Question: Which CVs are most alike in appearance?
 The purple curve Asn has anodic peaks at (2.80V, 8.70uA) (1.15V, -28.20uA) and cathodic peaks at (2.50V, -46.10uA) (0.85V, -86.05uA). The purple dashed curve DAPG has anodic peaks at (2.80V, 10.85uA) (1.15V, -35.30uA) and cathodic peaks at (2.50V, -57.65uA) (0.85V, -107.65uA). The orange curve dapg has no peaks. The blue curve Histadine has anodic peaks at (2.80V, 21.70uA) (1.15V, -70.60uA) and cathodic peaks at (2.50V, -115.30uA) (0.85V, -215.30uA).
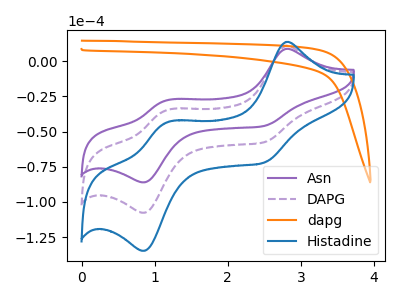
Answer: <think>All the peaks in "Asn" have a peak in "DAPG" at the same potential. "Asn" and "dapg" have a different number of peaks. All the peaks in "Asn" have a peak in "Histadine" at the same potential. "DAPG" and "dapg" have a different number of peaks. All the peaks in "DAPG" have a peak in "Histadine" at the same potential. "dapg" and "Histadine" have a different number of peaks.
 </think>
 <answer>"Asn", "DAPG" and "Histadine" have the same shape and are likely CV's of the same chemical.</answer>
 <eval>"Asn" "DAPG" "Histadine"</eval>